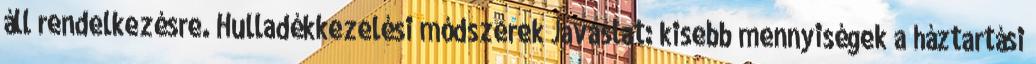
áll rendelkezésre. Hulladékkezelési módszerek Javaslat: kisebb mennyiségek a háztartási